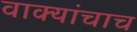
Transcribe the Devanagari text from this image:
वाक्यांचाच